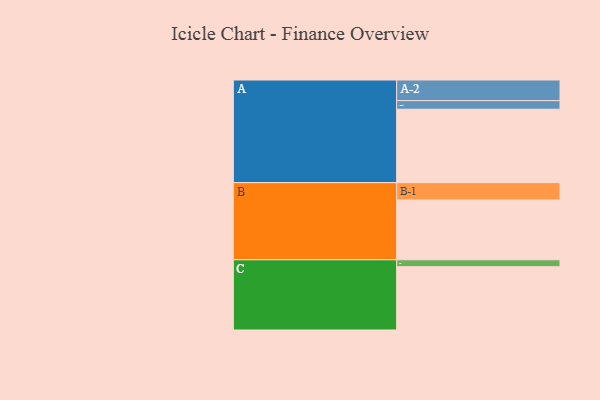
{"axis": {"x": "Segment", "y": "Value"}, "legend": ["", "A", "B", "C"], "data": [{"x": "A", "y": 530, "type": ""}, {"x": "B", "y": 432, "type": ""}, {"x": "C", "y": 457, "type": ""}, {"x": "A-1", "y": 62, "type": "A"}, {"x": "A-2", "y": 149, "type": "A"}, {"x": "B-1", "y": 125, "type": "B"}, {"x": "C-1", "y": 50, "type": "C"}]}